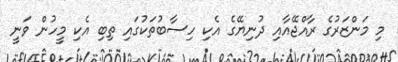
މި މަންޒަރުގެ ރާއްޖޭއާއި ދުނިޔޭގެ އެކި ހިސާބުތަކުގައި ތިބި އެކި މީހުން ވަނީ